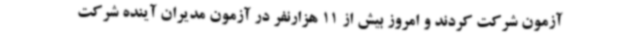
آزمون شرکت کردند و امروز بیش از 11 هزارنفر در آزمون مدیران آینده شرکت